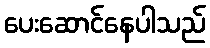
ပေးဆောင်နေပါသည်